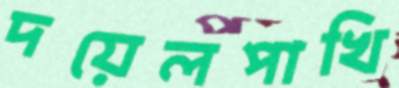
দয়েলপাখি